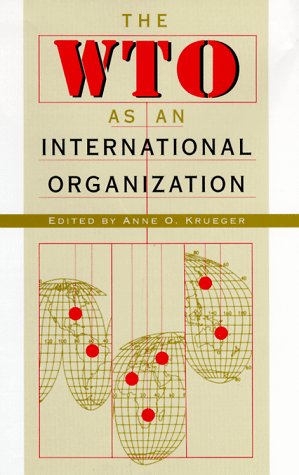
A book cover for The WTO as an International Organization; Law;